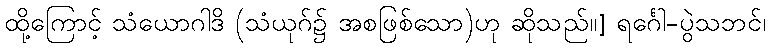
ထို့ကြောင့် သံယောဂါဒိ (သံယုဂ်၌ အစဖြစ်သော)ဟု ဆိုသည်။] ရင်္ဂေါ-ပွဲသဘင်၊